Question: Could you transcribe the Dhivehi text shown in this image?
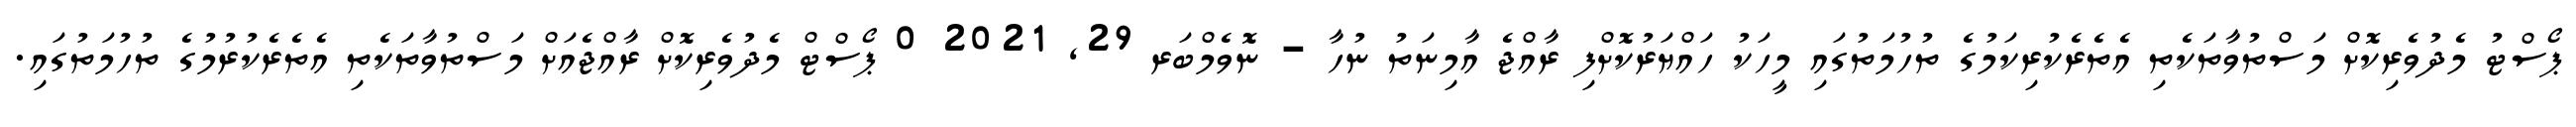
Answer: ޕޯސްޓު މެދުވެރިކޮށް މަސްތުވާތަކެތި އެތެރެކުރިކަމުގެ ތުހުމަތުގައި މީހަކު ހައްޔަރުކޮށްފި ރާއްޖެ އާމިނަތު ނުހާ - ނޮވެމްބަރ 29, 2021 0 ޕޯސްޓް މެދުވެރިކޮށް ރާއްޖެއަށް މަސްތުވާތަކެތި އެތެރެކުރުމުގެ ތުހުމަތުގައި.